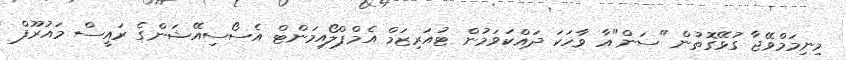
މިނިމަމްވޭޖާ ގުޅޭގޮތުން "ސަން"އާ ވާހަކަ ދައްކަވަމުން ޓުއަރިޒަމް އެމްޕްލޯއިމަންޓް އެސޯސިއޭޝަންގެ ރައީސް މައުރޫފް